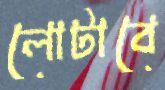
লোটাবে